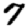
Digit: 7